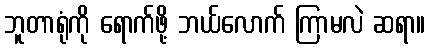
ဘူတာရုံကို ရောက်ဖို့ ဘယ်လောက် ကြာမလဲ ဆရာ။